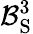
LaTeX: \mathcal{B}_{\mathrm{S}}^{3}